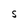
Character: S